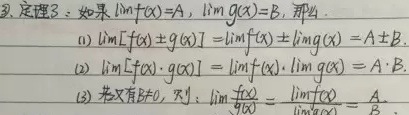
3. 定理 3：如果 $\lim f(x)=A$，$\lim g(x)=B$，那么：
(1) $\lim [f(x)\pm g(x)]=\lim f(x)\pm\lim g(x)=A\pm B$；
(2) $\lim [f(x)\cdot g(x)]=\lim f(x)\cdot\lim g(x)=A\cdot B$；
(3) 若又有 $B\neq0$，则：$\lim\frac{f(x)}{g(x)}=\frac{\lim f(x)}{\lim g(x)}=\frac{A}{B}$。